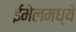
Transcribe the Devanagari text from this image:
ईमेलमध्ये